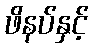
ဖိနပ်နှင့်